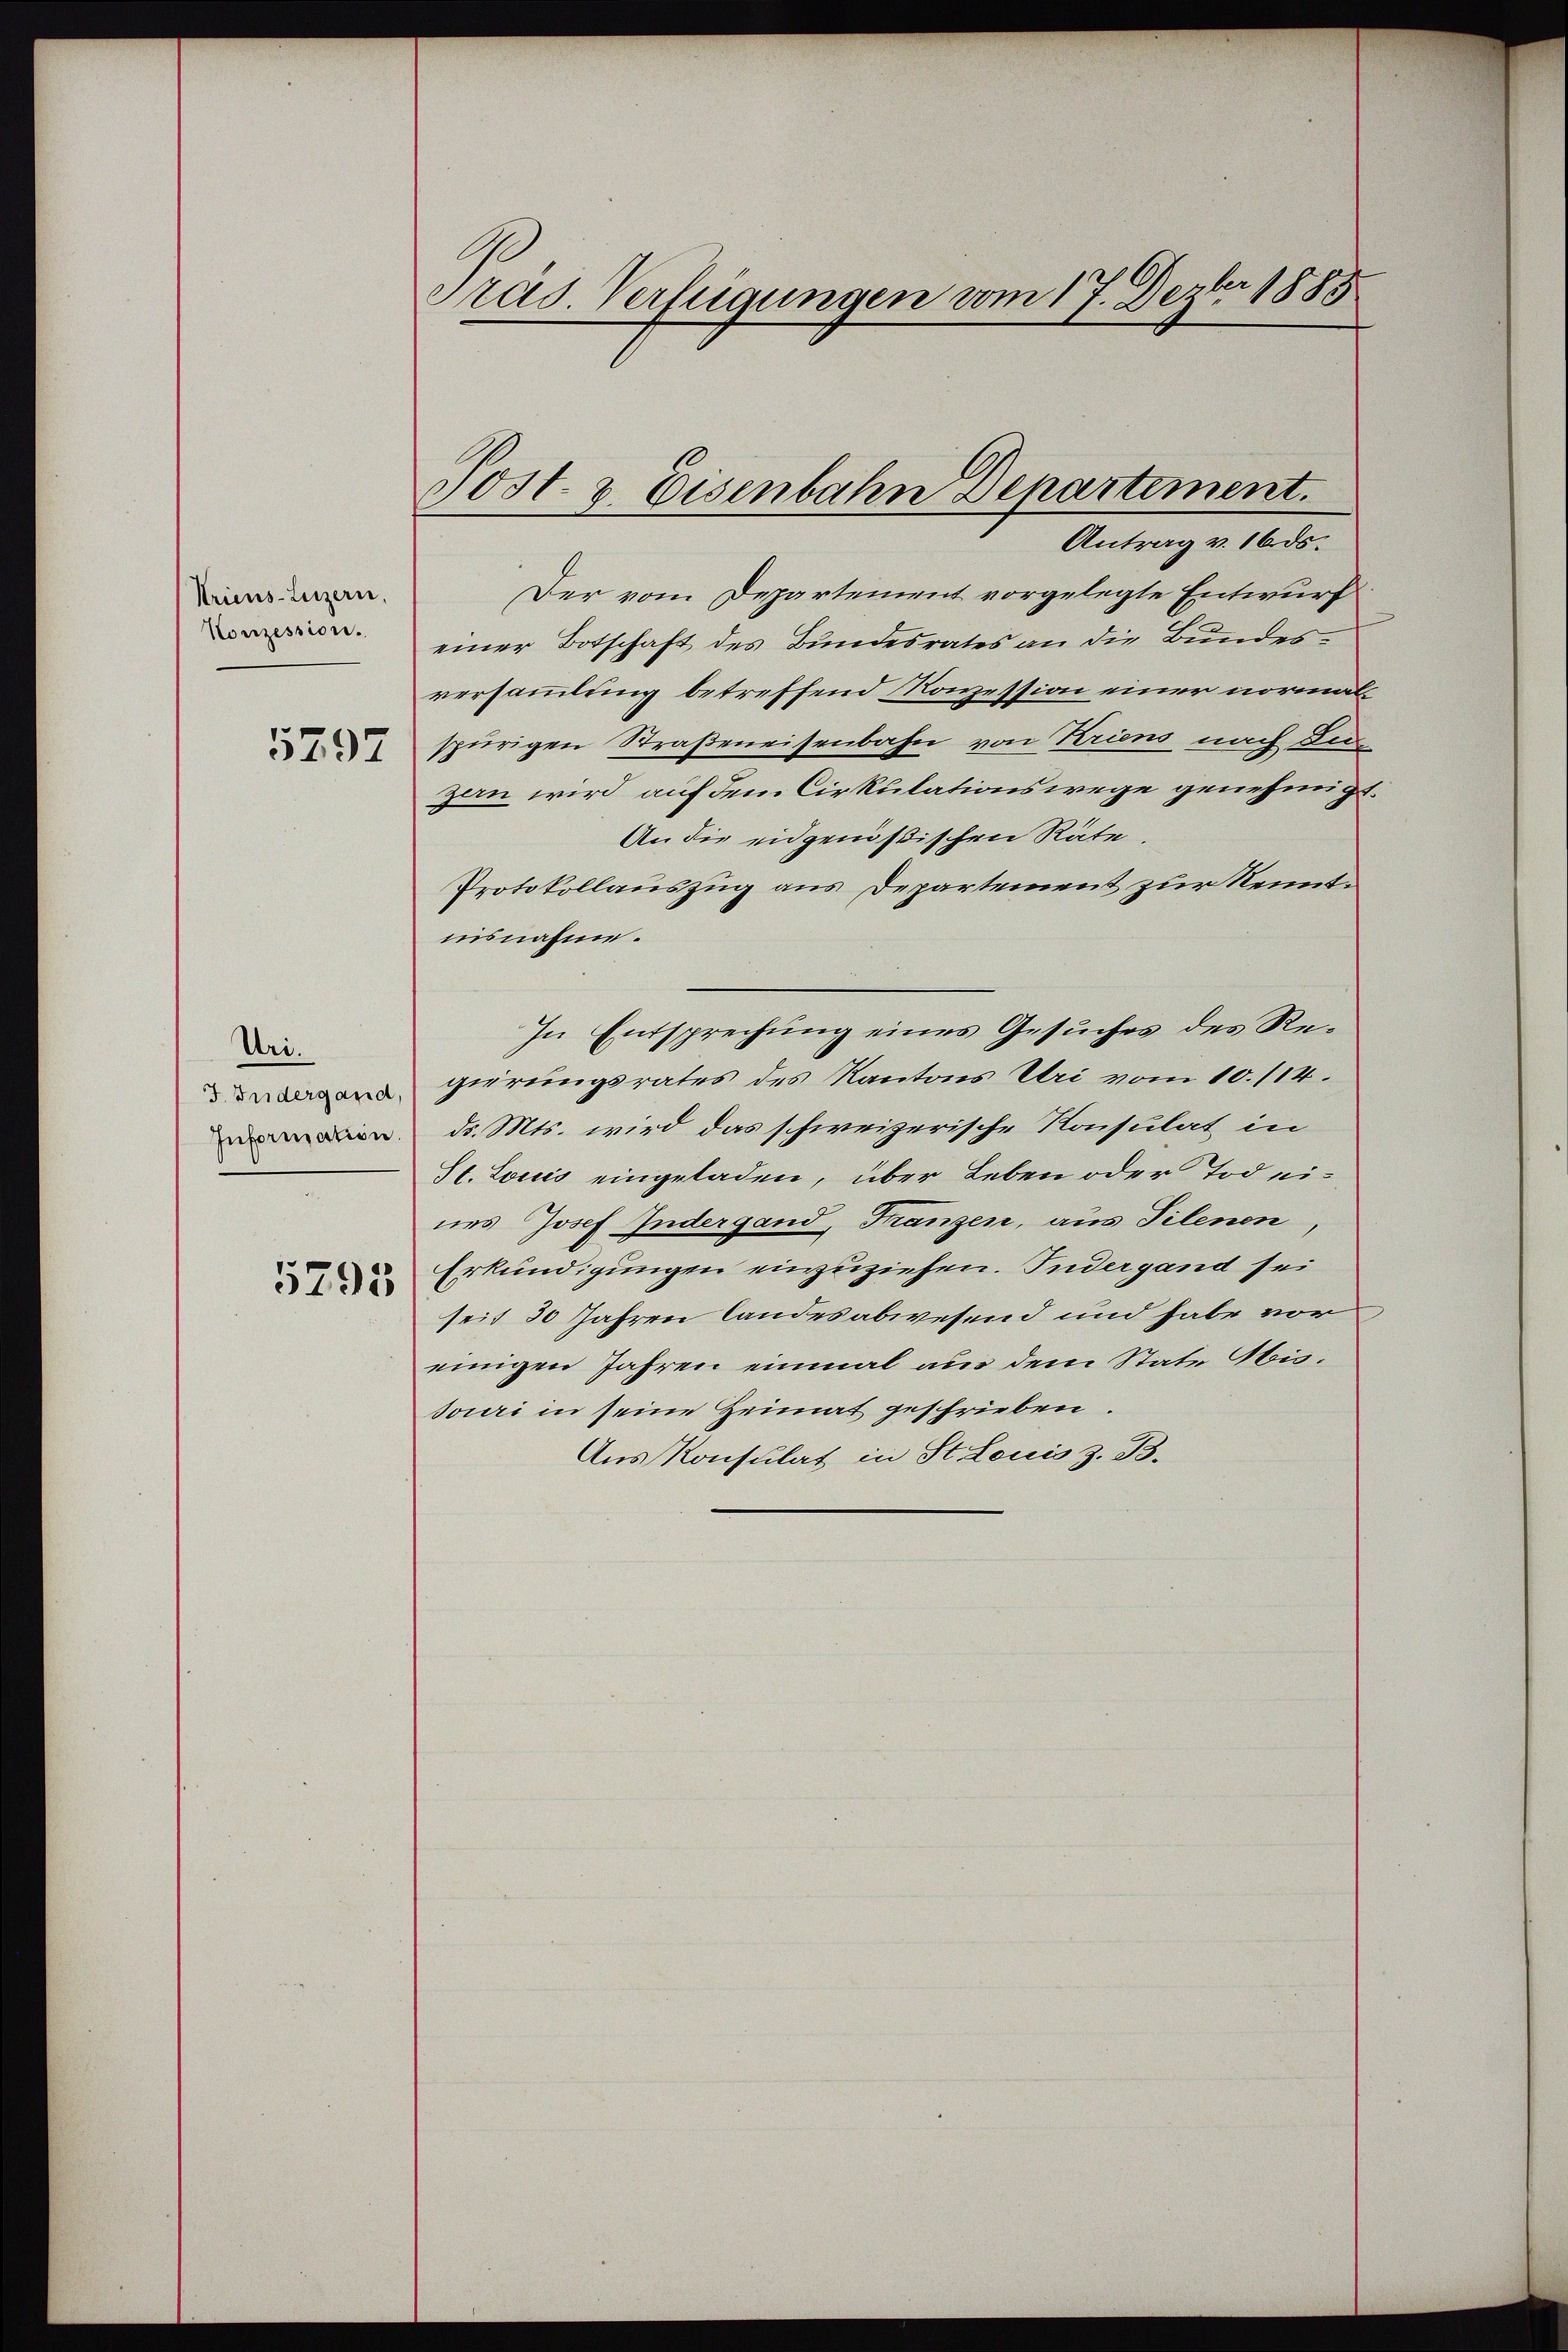
Triens-Luzern,
Konzession.
5797

Uri.
7. Indergand
Information.

5295

Präs. Verfügungen vom 17. Dezbr 1885

Post- & Eisenbahn Departement.

Antrag v. 16 ds.
Der vom Departement vorgelegte Entwurf
einer Botschaft des Bundesrates an die Bundesversammlung betreffend Konzession einer normalspurigen Straßeneisenbahn von Feriens nach di
zan wird auf dem Cirkulationswege genehmigt.
An die eidgenößischen Räte
Protokollauszug aus Departement zur Kenntisnahme.
In Entsprechung eines Gesuches des Regierungsrates des Kantons Uri vom 10. 114.
dr. Mts. wird das schweizerische Konsulat in
St. Louis eingeladen, über Leben oder Tod eines Josef Indergand, Franzen, aus Tilenen,
Erkundigungen einzuziehen. Inder gand sei
seit 30 Jahren landesabwesend und habe vor
einigen Jahren einmal aus dem State Obissouri in seine Heimat geschrieben.
Aus Konsulat in St. Louis z. B.